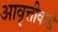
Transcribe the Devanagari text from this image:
आवृत्तीकडे